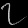
Digit: ၇